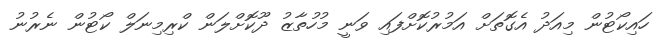
ހައިކޯޓުން މިއަދު އެގޮތަށް އަމުރުކޮށްފައި ވަނީ މުހުތާޒު ދޫކޮށްލަން ކްރިމިނަލް ކޯޓުން ނެރުނު